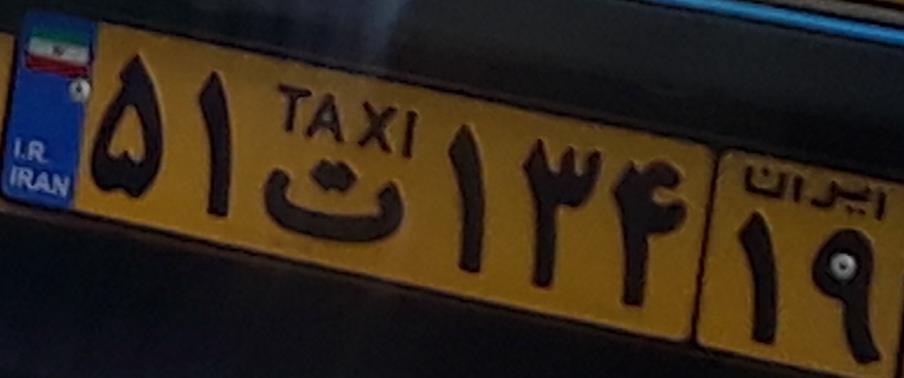
۵۱ت۱۳۴۱۹